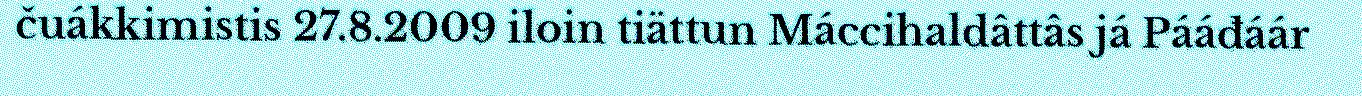
čuákkimistis 27.8.2009 iloin tiättun Máccihaldâttâs já Pááđáár